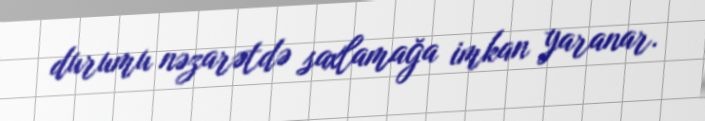
durumu nəzarətdə saxlamağa imkan yaranar.